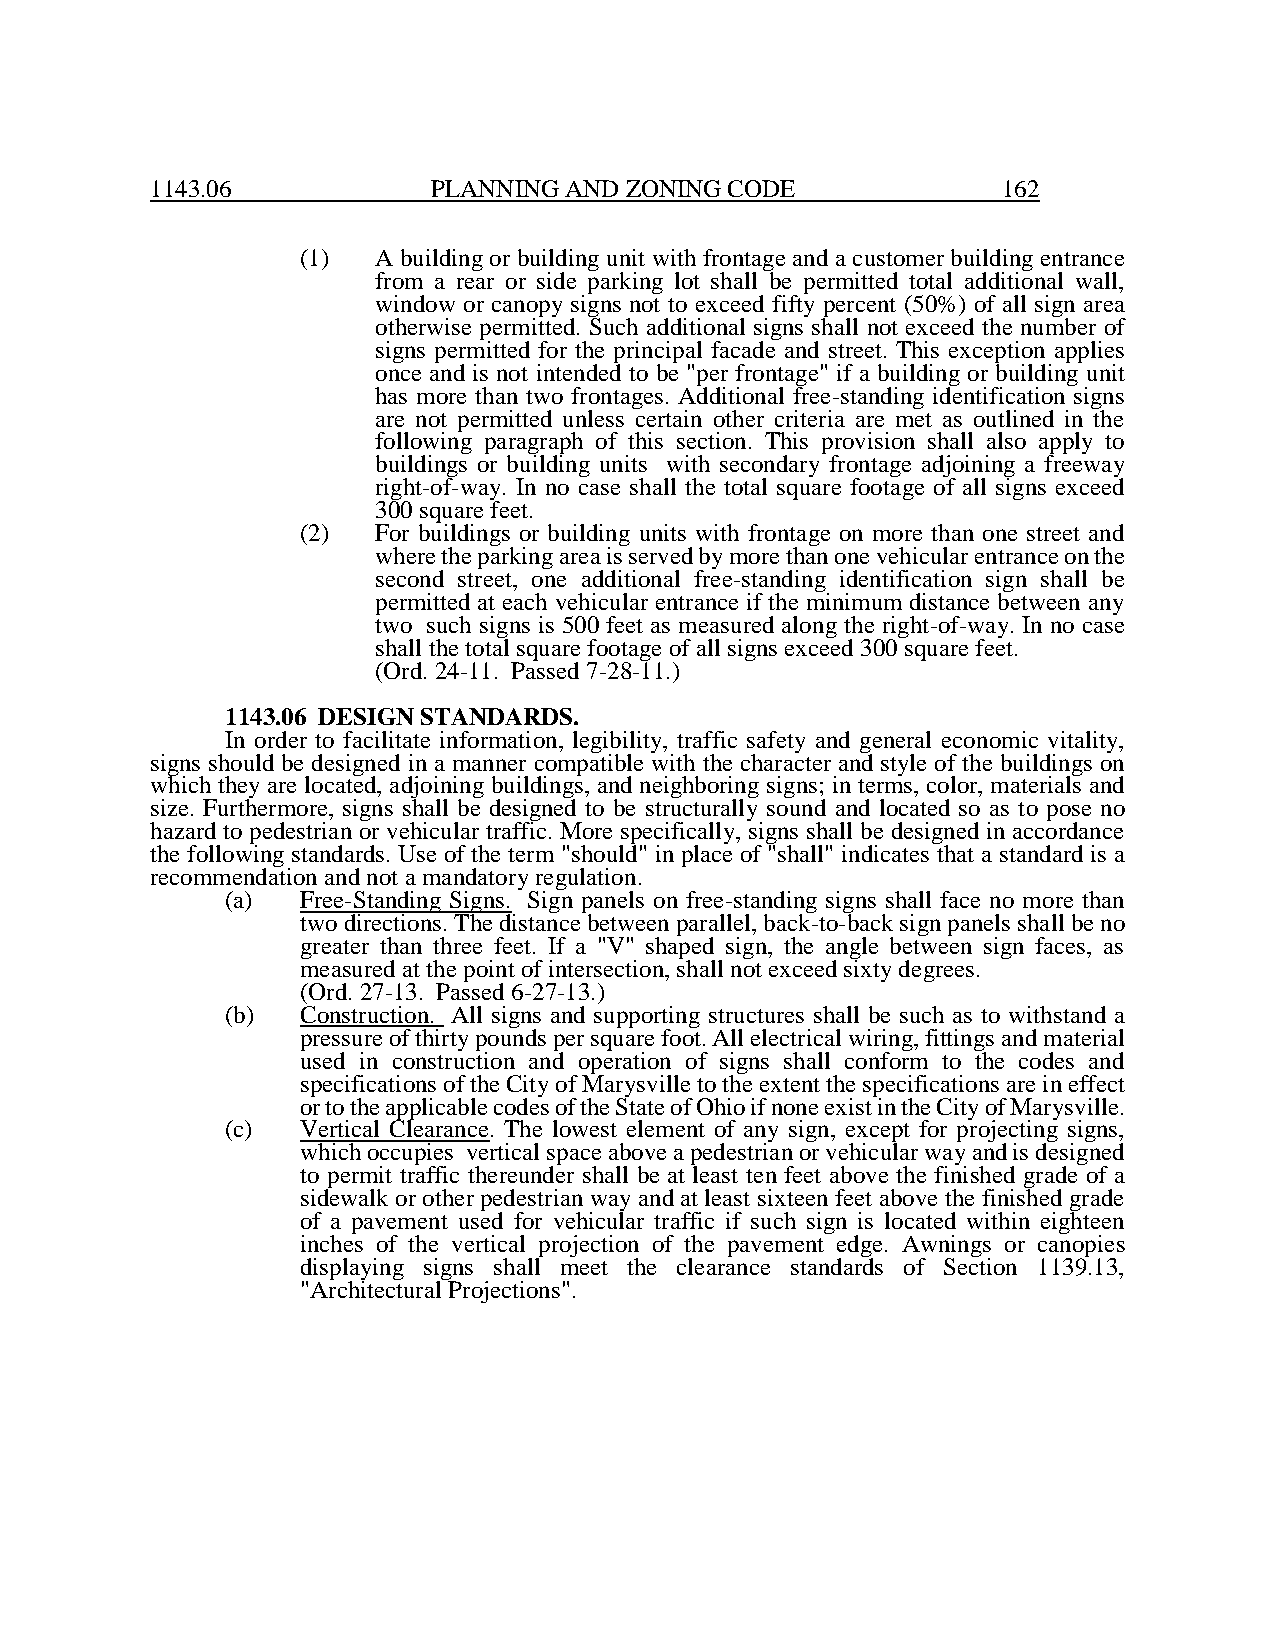
1143.06            PLANNING AND ZONING CODE             162
 (1)  A building or building unit with frontage and a customer building entrance
 from a rear or side parking lot shall be permitted total additional wall,
 window or canopy signs not to exceed fifty percent (50%) of all sign area
 otherwise permitted. Such additional signs shall not exceed the number of
 signs permitted for the principal facade and street. This exception applies
 once and is not intended to be "per frontage" if a building or building unit
 has more than two frontages. Additional free-standing identification signs
 are not permitted unless certain other criteria are met as outlined in the
 following paragraph of this section. This provision shall also apply to
 buildings or building units with secondary frontage adjoining a freeway
 right-of-way. In no case shall the total square footage of all signs exceed
 300 square feet.
 (2)  For buildings or building units with frontage on more than one street and
 where the parking area is served by more than one vehicular entrance on the
 second street, one additional free-standing identification sign shall be
 permitted at each vehicular entrance if the minimum distance between any
 two such signs is 500 feet as measured along the right-of-way. In no case
 shall the total square footage of all signs exceed 300 square feet.
 (Ord. 24-11. Passed 7-28-11.)
 1143.06 DESIGN STANDARDS.
 In order to facilitate information, legibility, traffic safety and general economic vitality,
 signs should be designed in a manner compatible with the character and style of the buildings on
 which they are located, adjoining buildings, and neighboring signs; in terms, color, materials and
 size. Furthermore, signs shall be designed to be structurally sound and located so as to pose no
 hazard to pedestrian or vehicular traffic. More specifically, signs shall be designed in accordance
 the following standards. Use of the term "should" in place of "shall" indicates that a standard is a
 recommendation and not a mandatory regulation.
 (a)  Free-Standing Signs. Sign panels on free-standing signs shall face no more than
 two directions. The distance between parallel, back-to-back sign panels shall be no
 greater than three feet. If a "V" shaped sign, the angle between sign faces, as
 measured at the point of intersection, shall not exceed sixty degrees.
 (Ord. 27-13. Passed 6-27-13.)
 (b)  Construction. All signs and supporting structures shall be such as to withstand a
 pressure of thirty pounds per square foot. All electrical wiring, fittings and material
 used in construction and operation of signs shall conform to the codes and
 specifications of the City of Marysville to the extent the specifications are in effect
 or to the applicable codes of the State of Ohio if none exist in the City of Marysville.
 (c)  Vertical Clearance. The lowest element of any sign, except for projecting signs,
 which occupies vertical space above a pedestrian or vehicular way and is designed
 to permit traffic thereunder shall be at least ten feet above the finished grade of a
 sidewalk or other pedestrian way and at least sixteen feet above the finished grade
 of a pavement used for vehicular traffic if such sign is located within eighteen
 inches of the vertical projection of the pavement edge. Awnings or canopies
 displaying signs shall meet the clearance standards of Section 1139.13,
 "Architectural Projections".